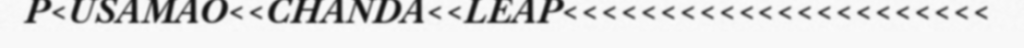
P<USAMAO<<CHANDA<<LEAP<<<<<<<<<<<<<<<<<<<<<<